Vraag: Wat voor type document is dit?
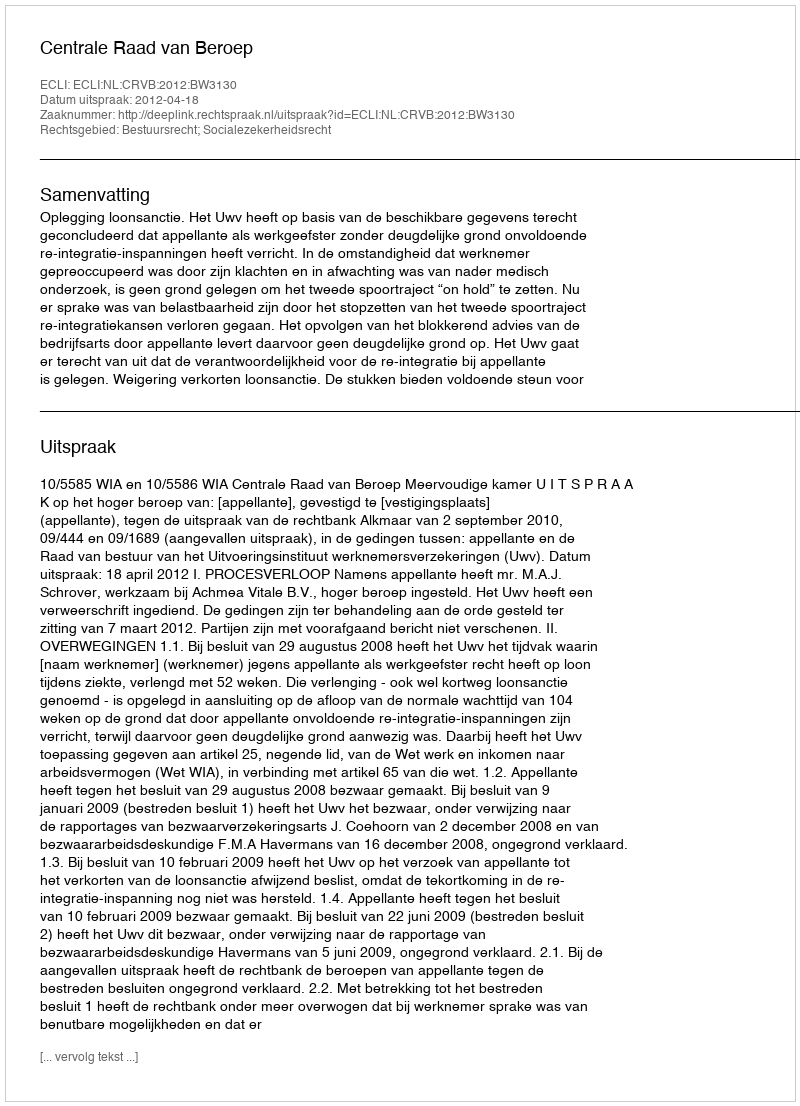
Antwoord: Uitspraak